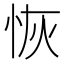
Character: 恢